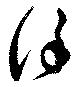
謹